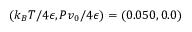
( k _ { B } T / 4 \epsilon , P v _ { 0 } / 4 \epsilon ) = ( 0 . 0 5 0 , 0 . 0 )